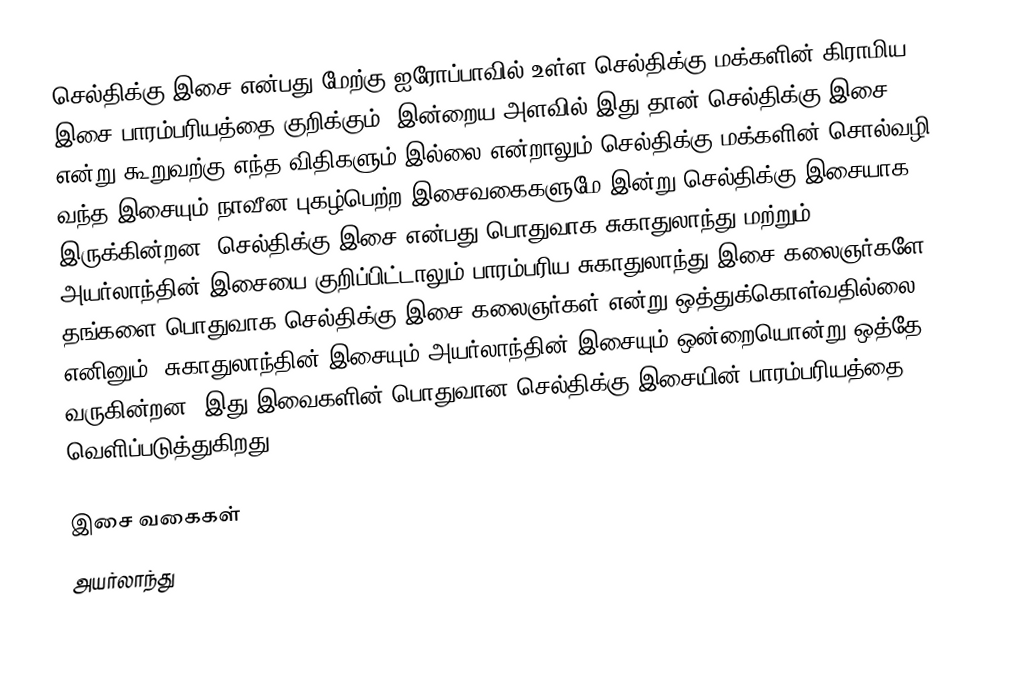
செல்திக்கு இசை என்பது மேற்கு ஐரோப்பாவில் உள்ள செல்திக்கு மக்களின் கிராமிய இசை பாரம்பரியத்தை குறிக்கும். இன்றைய அளவில் இது தான் செல்திக்கு இசை என்று கூறுவற்கு எந்த விதிகளும் இல்லை என்றாலும் செல்திக்கு மக்களின் சொல்வழி வந்த இசையும் நாவீன புகழ்பெற்ற இசைவகைகளுமே இன்று செல்திக்கு இசையாக இருக்கின்றன. செல்திக்கு இசை என்பது பொதுவாக சுகாதுலாந்து மற்றும் அயர்லாந்தின் இசையை குறிப்பிட்டாலும் பாரம்பரிய சுகாதுலாந்து இசை கலைஞர்களே தங்களை பொதுவாக செல்திக்கு இசை கலைஞர்கள் என்று ஒத்துக்கொள்வதில்லை. எனினும், சுகாதுலாந்தின் இசையும் அயர்லாந்தின் இசையும் ஒன்றையொன்று ஒத்தே வருகின்றன. இது இவைகளின் பொதுவான செல்திக்கு இசையின் பாரம்பரியத்தை வெளிப்படுத்துகிறது.

இசை வகைகள்
அயர்லாந்து